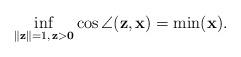
LaTeX: \begin{align*}\underset{\Vert \mathbf{z}\Vert =1,\,\mathbf{z}>\mathbf{0}}{\inf }\cos\angle (\mathbf{z},\mathbf{x})=\min (\mathbf{x}). \end{align*}